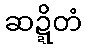
ဆဍ္ဍိတံ